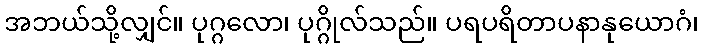
အဘယ်သို့လျှင်။ ပုဂ္ဂလော၊ ပုဂ္ဂိုလ်သည်။ ပရပရိတာပနာနုယောဂံ၊